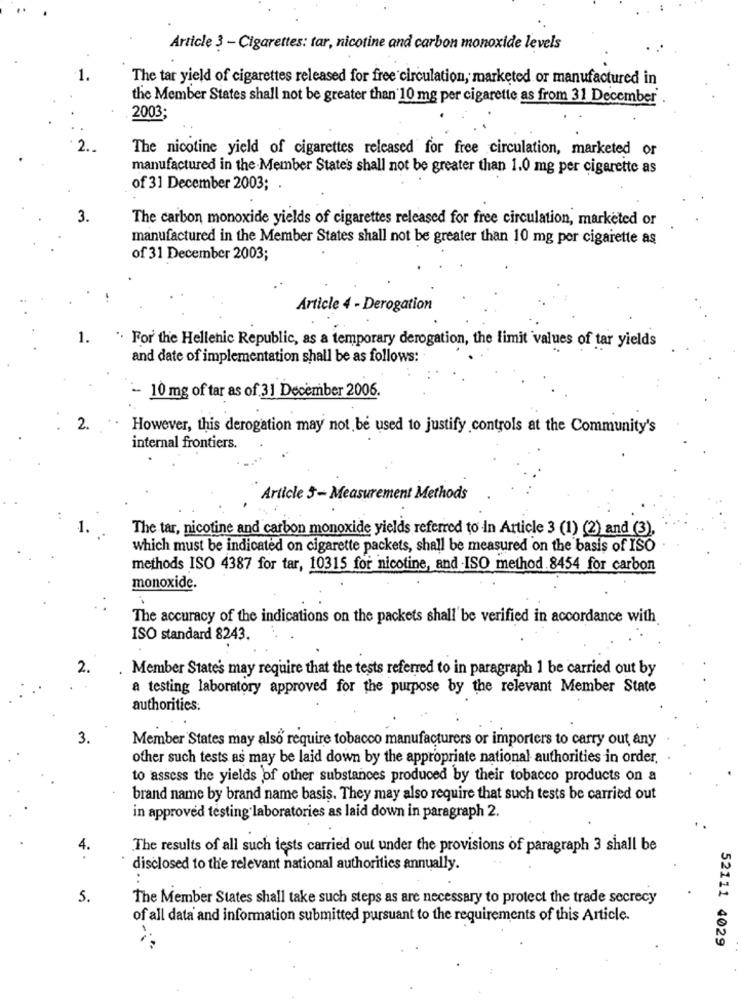
Article 3 - Cigarettes: tar, nicotine and carbon monoxide levels
The tar yield of cigarettes released for free circulation, marketed or manufactured in
the Member States shall not be greater than 10 mg per cigarette as from 31 December'
2003;
2 ..
The nicotine yield of cigarettes released for free circulation, marketed or
manufactured in the Member State's shall not be greater than 1.0 mg per cigarette as
of 31 December 2003;
3.
The carbon monoxide yields of cigarettes released for free circulation, marketed or
manufactured in the Member States shall not be greater than 10 mg por cigarette as
of 31 December 2003;
Article 4 - Derogation
1.
* For the Hellenic Republic, as a temporary derogation, the limit values of tar yields
and date of implementation shall be as follows:
- 10 mg of tar as of 31 December 2006.
2.
However, this derogation may not be used to justify controls at the Community's
internal frontiers.
Article 3- Measurement Methods
The tar, nicotine and carbon monoxide yields referred to in Article 3 (1) (2) and (3),
which must be indicated on cigarette packets, shall be measured on the basis of ISO
methods ISO 4387 for tar, 10315 for nicotine, and -ISO method 8454 for carbon
monoxide.
The accuracy of the indications on the packets shall be verified in accordance with
ISO standard 8243.
2.
Member States may require that the tests referred to in paragraph 1 be carried out by
a testing laboratory approved for the purpose by the relevant Member State
authorities.
3.
Member States may also require tobacco manufacturers or importers to carry out any
other such tests as may be laid down by the appropriate national authorities in order.
to assess the yields of other substances produced by their tobacco products on a
brand name by brand name basis. They may also require that such tests be carried out
in approved testing laboratories as laid down in paragraph 2.
4.
The results of all such tests carried out under the provisions of paragraph 3 shall be
disclosed to the relevant national authorities annually.
..
5.
The Member States shall take such steps as are necessary to protect the trade secrecy
of all data and information submitted pursuant to the requirements of this Article.
52111 4029